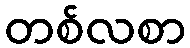
တစ်လစာ